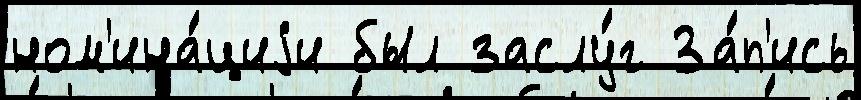
ном'ина́циjи был заслу́г За́п'ись